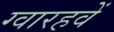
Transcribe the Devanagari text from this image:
ग्वारहवें